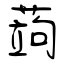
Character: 蒟